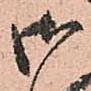
御